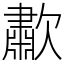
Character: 歗